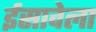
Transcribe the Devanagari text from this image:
ईसावेला